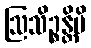
ဩသိဉ္စန္တိပိ